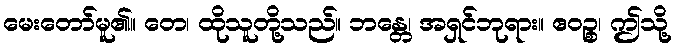
မေးတော်မူ၏။ တေ၊ ထိုသူတို့သည်။ ဘန္တေ၊ အရှင်ဘုရား။ ဧဝဉ္စ၊ ဤသို့